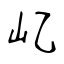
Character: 𡴭